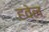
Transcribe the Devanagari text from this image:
हवेल